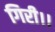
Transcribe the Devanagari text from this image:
गिरी।।